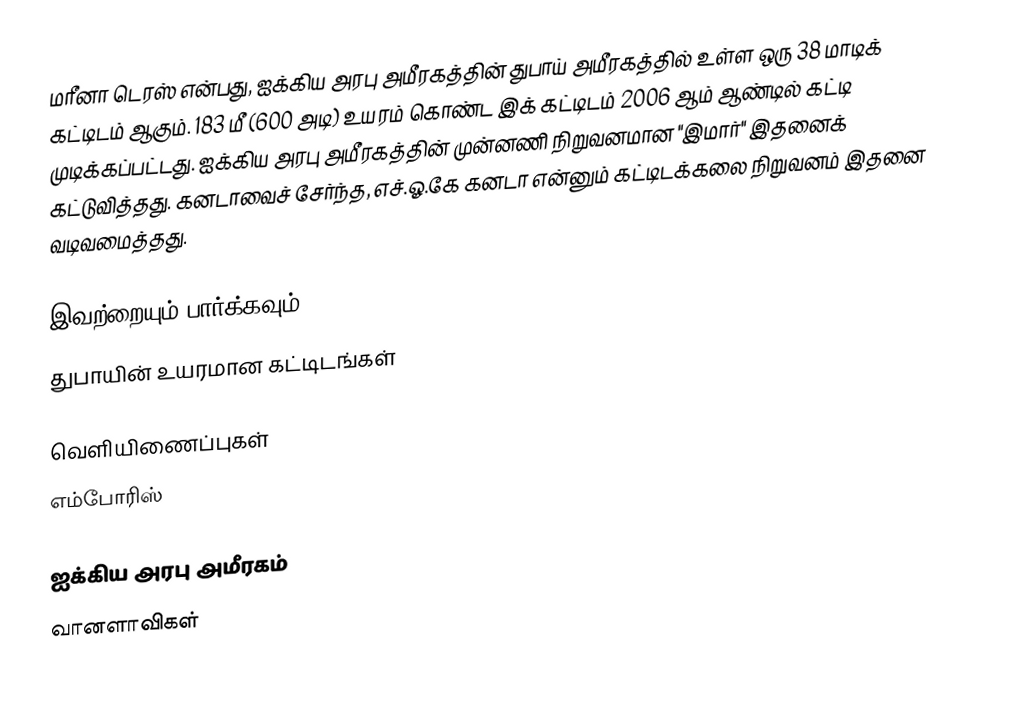
மரீனா டெரஸ் என்பது, ஐக்கிய அரபு அமீரகத்தின் துபாய் அமீரகத்தில் உள்ள ஒரு 38 மாடிக் கட்டிடம் ஆகும். 183 மீ (600 அடி) உயரம் கொண்ட இக் கட்டிடம் 2006 ஆம் ஆண்டில் கட்டி முடிக்கப்பட்டது. ஐக்கிய அரபு அமீரகத்தின் முன்னணி நிறுவனமான "இமார்" இதனைக் கட்டுவித்தது. கனடாவைச் சேர்ந்த, எச்.ஓ.கே கனடா என்னும் கட்டிடக்கலை நிறுவனம் இதனை வடிவமைத்தது.

இவற்றையும் பார்க்கவும்
 துபாயின் உயரமான கட்டிடங்கள்

வெளியிணைப்புகள்
எம்போரிஸ்

ஐக்கிய அரபு அமீரகம்
வானளாவிகள்